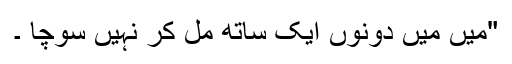
"میں میں دونوں ایک ساتھ مل کر نہیں سوچا ۔